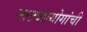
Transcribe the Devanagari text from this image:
नाट्यप्रयोगांची